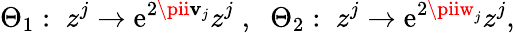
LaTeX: \Theta_{1}:\; z^{j}\rightarrow\mathrm{e}^{2\pii\mathbf{v}_{j}}z^{j}\; ,\; \; \Theta_{2}:\; z^{j}\rightarrow\mathrm{e}^{2\piiw_{j}}z^{j},